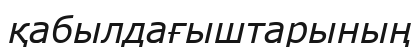
қабылдағыштарының